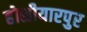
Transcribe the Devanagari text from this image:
होशीयारपुर